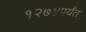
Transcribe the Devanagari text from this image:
१२७४पर्यंत